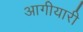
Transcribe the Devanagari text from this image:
आगीयारी